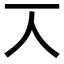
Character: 𠆣